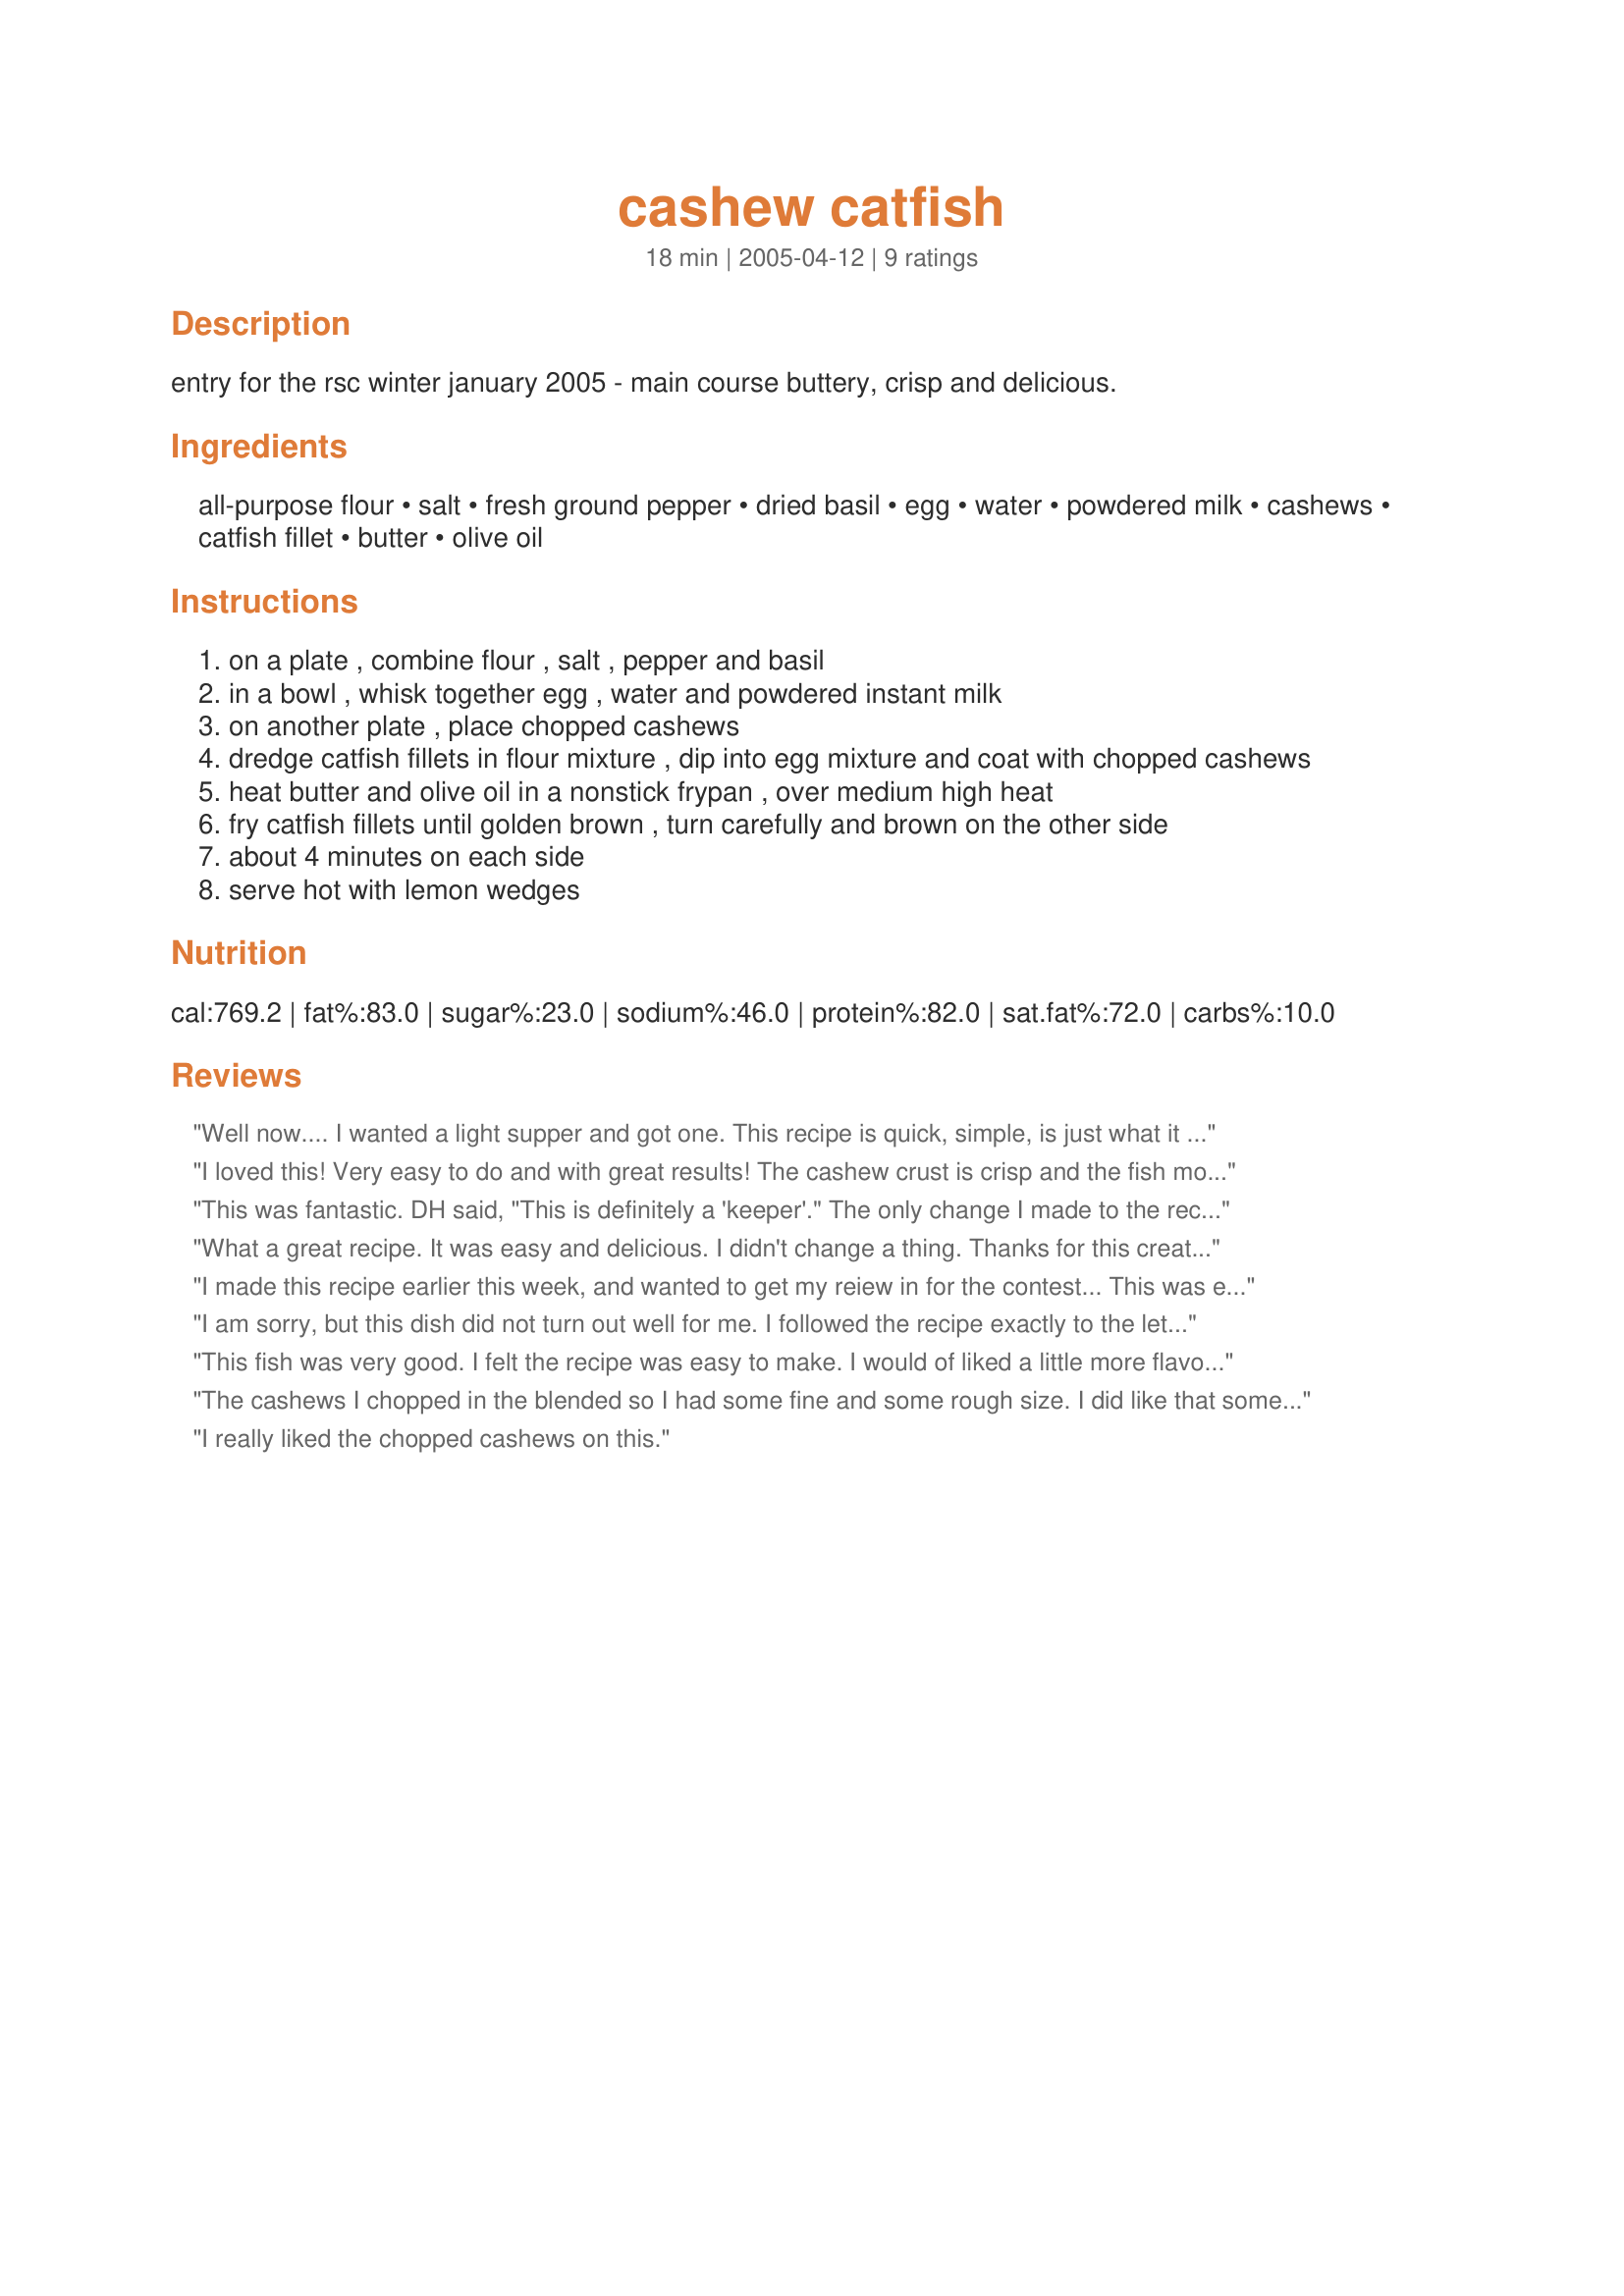
cashew catfish
Preparation time: 18 minutes

entry for the rsc winter january 2005 - main course
buttery, crisp and delicious.

Ingredients:
all-purpose flour, salt, fresh ground pepper, dried basil, egg, water, powdered milk, cashews, catfish fillet, butter, olive oil

Steps:
on a plate , combine flour , salt , pepper and basil
in a bowl , whisk together egg , water and powdered instant milk
on another plate , place chopped cashews
dredge catfish fillets in flour mixture , dip into egg mixture and coat with chopped cashews
heat butter and olive oil in a nonstick frypan , over medium high heat
fry catfish fillets until golden brown , turn carefully and brown on the other side
about 4 minutes on each side
serve hot with lemon wedges

Reviews:
Well now.... I wanted a light supper and got one. This recipe is quick, simple, is just what it says and does not "dress to impress". 

Chef says it all: "Buttery, Crisp and Delicious". 
Perfect in its simplicity, easy in its preparation and tastes good too.
Served with home fries a small lettuce salad, and a glass of chilled Chardonnay, life just does not get any better. Thank you Chef, for this uncomplicated approach to food preparation... I will keep this one!!
I loved this! Very easy to do and with great results! The cashew crust is crisp and the fish moist and flakey. I didn’t need the whole amount of flour, so would decrease it slightly next time, leaving the seasonings as written. While I had extra flour , it took all of the cashews to coat the fish. I wasn’t sure how far to go in chopping the nuts. I used an electric chopper and got them about grape nut size. These worked fine, but I will chop them a little finer next time. This is a recipe I will use again! Great use of contest ingredients!
This was fantastic. DH said, "This is definitely a 'keeper'." The only change I made to the recipe was to use Lawrey's Tabasco seasoned salt. I forgot the lemon wedges at the end and it was still fabulous--I'll try that next time. It seemed to take more time to prepare than I expected, but it was well worth it. I served this with rice pilaf (recipe #5034) and green beans. Terrific. I will definitely make this again.
What a great recipe. It was easy and delicious. I didn't change a thing. Thanks for this creation.
I made this recipe earlier this week, and wanted to get my reiew in for the contest...
This was easy to prepare, and just delicious...The fillets have great flavor, and I loved the lemon squirted over the top before serving... Thanks for sharing such a delightful recipe with us!
I am sorry, but this dish did not turn out well for me. I followed the recipe exactly to the letter. The crust was very bland, and we could not taste the cashews flavor at all. I bought 2 fillets that weighed .77 pounds and cooked the first over medium high heat for 4 min on each side. The crust was burned and the fish was not done. So I cooked the second over med heat, and the same thing happened. Could it have been the powdered milk that caused it to brown too quickly? Also the cashews (chopped fairly fine) were too chewy. The poor result may have been something I did wrong, but I did follow instructions exactly.
This fish was very good. I felt the recipe was easy to make. I would of liked a little more flavor. Next time I will increase the basil and pepper in the flour mixture. Loved the unique flavor the cashews gave it. 
Not owning a non-stick pan, I used a cast oron pan. I don't know if this effected the outcome or not.
The cashews I chopped in the blended so I had some fine and some rough size. I did like that some was fine because it coated the fillets nicely. I added the remaining flour to the cashews which I did need to coat the 2 fillets.I browned stove top, flipped then place in a 400 degree oven for 10 minutes. And came out perfect!I did this because the nuts started to cook to fast on the one side and I knew it would not cooked through if I left it to cook stove top. I seasoned the fish after coming out of the oven with salt and pepper. This could use a little cayenne pepper as well.I garnished with lemon slices and fresh herbs. Pretty good dish!
I really liked the chopped cashews on this.
